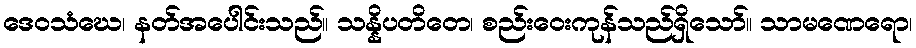
ဒေဝသံဃေ၊ နတ်အပေါင်းသည်။ သန္နိပတိတေ၊ စည်းဝေးကုန်သည်ရှိသော်။ သာမဏေရော၊